Indian journal of veterinary science and animal husbandry - Volume 3,
Year: 1933
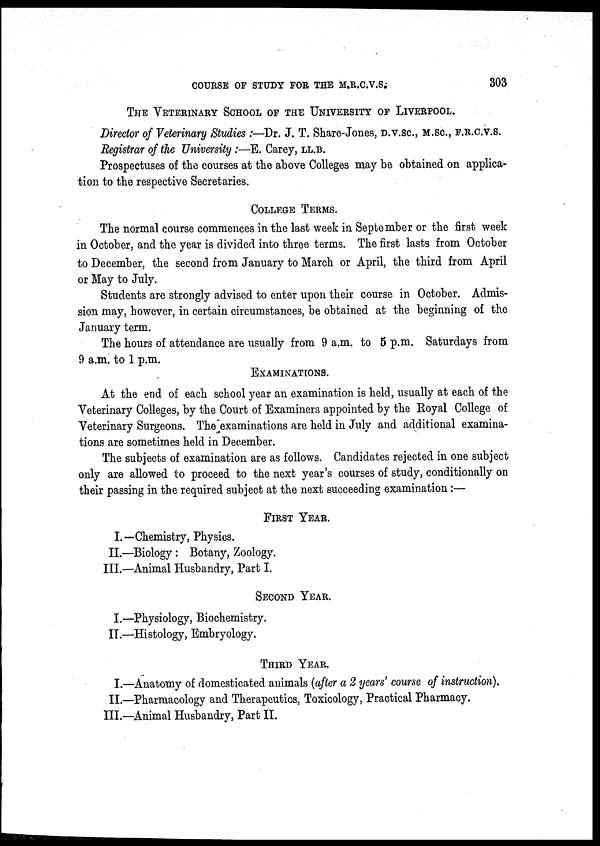
COURSE OF STUDY FOR THE M.R.C.V.S.
303
THE VETERINARY SCHOOL OF THE UNIVERSITY OF LIVERPOOL.
Director of Veterinary Studies :—Dr. J. T. Share-Jones, D.V.Sc., M.Sc., F.R.C.V.S.
Registrar of the University:—E. Carey, LL.B.
Prospectuses of the courses at the above Colleges may be obtained on applica-
tion to the respective Secretaries. COLLEGE TERMS.
The normal course commences in the last week in September or the first week
in October, and the year is divided into three terms. The first lasts from October
to December, the second from January to March or April, the third from April
or May to July.
Students are strongly advised to enter upon their course in October. Admis-
sion may, however, in certain circumstances, be obtained at the beginning of the
January term.
The hours of attendance are usually from 9 a.m. to 5 p.m. Saturdays from
9 a.m. to 1 p.m.
EXAMINATIONS.
At the end of each school year an examination is held, usually at each of the
Veterinary Colleges, by the Court of Examiners appointed by the Royal College of
Veterinary Surgeons. The examinations are held in July and additional examina-
tions are sometimes held in December.
The subjects of examination are as follows. Candidates rejected in one subject
only are allowed to proceed to the next year's courses of study, conditionally on
their passing in the required subject at the next succeeding examination:—
FIRST YEAR.
I.—Chemistry, Physics.
II.—Biology: Botany, Zoology.
III.—Animal Husbandry, Part I.
SECOND YEAR.
I.—Physiology, Biochemistry.
II.—Histology, Embryology. THIRD YEAR.
I.—Anatomy of domesticated animals (after a 2 years' course of instruction).
II.—Pharmacology and Therapeutics, Toxicology, Practical Pharmacy.
III.—Animal Husbandry, Part II.